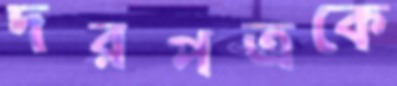
দরপত্রকে